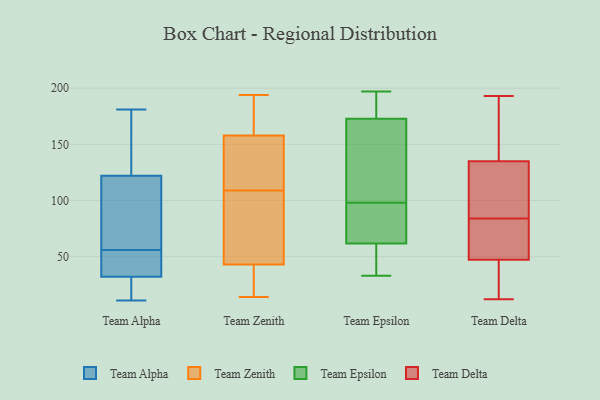
{"axis": {"x": "Gross Profit (USD K)", "y": "Value"}, "legend": ["Team Alpha", "Team Delta", "Team Epsilon", "Team Zenith"], "data": [{"x": "", "y": 98, "type": "Team Alpha"}, {"x": "", "y": 121, "type": "Team Alpha"}, {"x": "", "y": 56, "type": "Team Alpha"}, {"x": "", "y": 132, "type": "Team Alpha"}, {"x": "", "y": 51, "type": "Team Alpha"}, {"x": "", "y": 96, "type": "Team Alpha"}, {"x": "", "y": 125, "type": "Team Alpha"}, {"x": "", "y": 41, "type": "Team Alpha"}, {"x": "", "y": 24, "type": "Team Alpha"}, {"x": "", "y": 34, "type": "Team Alpha"}, {"x": "", "y": 11, "type": "Team Alpha"}, {"x": "", "y": 181, "type": "Team Alpha"}, {"x": "", "y": 26, "type": "Team Alpha"}, {"x": "", "y": 156, "type": "Team Zenith"}, {"x": "", "y": 44, "type": "Team Zenith"}, {"x": "", "y": 24, "type": "Team Zenith"}, {"x": "", "y": 23, "type": "Team Zenith"}, {"x": "", "y": 108, "type": "Team Zenith"}, {"x": "", "y": 194, "type": "Team Zenith"}, {"x": "", "y": 119, "type": "Team Zenith"}, {"x": "", "y": 135, "type": "Team Zenith"}, {"x": "", "y": 18, "type": "Team Zenith"}, {"x": "", "y": 14, "type": "Team Zenith"}, {"x": "", "y": 173, "type": "Team Zenith"}, {"x": "", "y": 105, "type": "Team Zenith"}, {"x": "", "y": 110, "type": "Team Zenith"}, {"x": "", "y": 140, "type": "Team Zenith"}, {"x": "", "y": 173, "type": "Team Zenith"}, {"x": "", "y": 42, "type": "Team Zenith"}, {"x": "", "y": 175, "type": "Team Zenith"}, {"x": "", "y": 160, "type": "Team Zenith"}, {"x": "", "y": 97, "type": "Team Zenith"}, {"x": "", "y": 59, "type": "Team Zenith"}, {"x": "", "y": 119, "type": "Team Epsilon"}, {"x": "", "y": 194, "type": "Team Epsilon"}, {"x": "", "y": 112, "type": "Team Epsilon"}, {"x": "", "y": 166, "type": "Team Epsilon"}, {"x": "", "y": 197, "type": "Team Epsilon"}, {"x": "", "y": 72, "type": "Team Epsilon"}, {"x": "", "y": 187, "type": "Team Epsilon"}, {"x": "", "y": 58, "type": "Team Epsilon"}, {"x": "", "y": 175, "type": "Team Epsilon"}, {"x": "", "y": 33, "type": "Team Epsilon"}, {"x": "", "y": 45, "type": "Team Epsilon"}, {"x": "", "y": 59, "type": "Team Epsilon"}, {"x": "", "y": 89, "type": "Team Epsilon"}, {"x": "", "y": 70, "type": "Team Epsilon"}, {"x": "", "y": 98, "type": "Team Epsilon"}, {"x": "", "y": 91, "type": "Team Delta"}, {"x": "", "y": 63, "type": "Team Delta"}, {"x": "", "y": 45, "type": "Team Delta"}, {"x": "", "y": 37, "type": "Team Delta"}, {"x": "", "y": 82, "type": "Team Delta"}, {"x": "", "y": 193, "type": "Team Delta"}, {"x": "", "y": 138, "type": "Team Delta"}, {"x": "", "y": 16, "type": "Team Delta"}, {"x": "", "y": 36, "type": "Team Delta"}, {"x": "", "y": 54, "type": "Team Delta"}, {"x": "", "y": 179, "type": "Team Delta"}, {"x": "", "y": 124, "type": "Team Delta"}, {"x": "", "y": 84, "type": "Team Delta"}, {"x": "", "y": 167, "type": "Team Delta"}, {"x": "", "y": 61, "type": "Team Delta"}, {"x": "", "y": 179, "type": "Team Delta"}, {"x": "", "y": 93, "type": "Team Delta"}, {"x": "", "y": 126, "type": "Team Delta"}, {"x": "", "y": 12, "type": "Team Delta"}]}